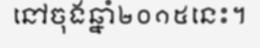
នៅចុងឆ្នាំ២០១៥នេះ។